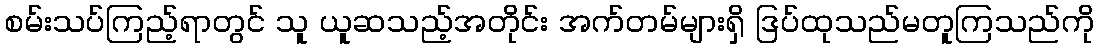
စမ်းသပ်ကြည့်ရာတွင် သူ ယူဆသည့်အတိုင်း အက်တမ်များရှိ ဒြပ်ထုသည်မတူကြသည်ကို